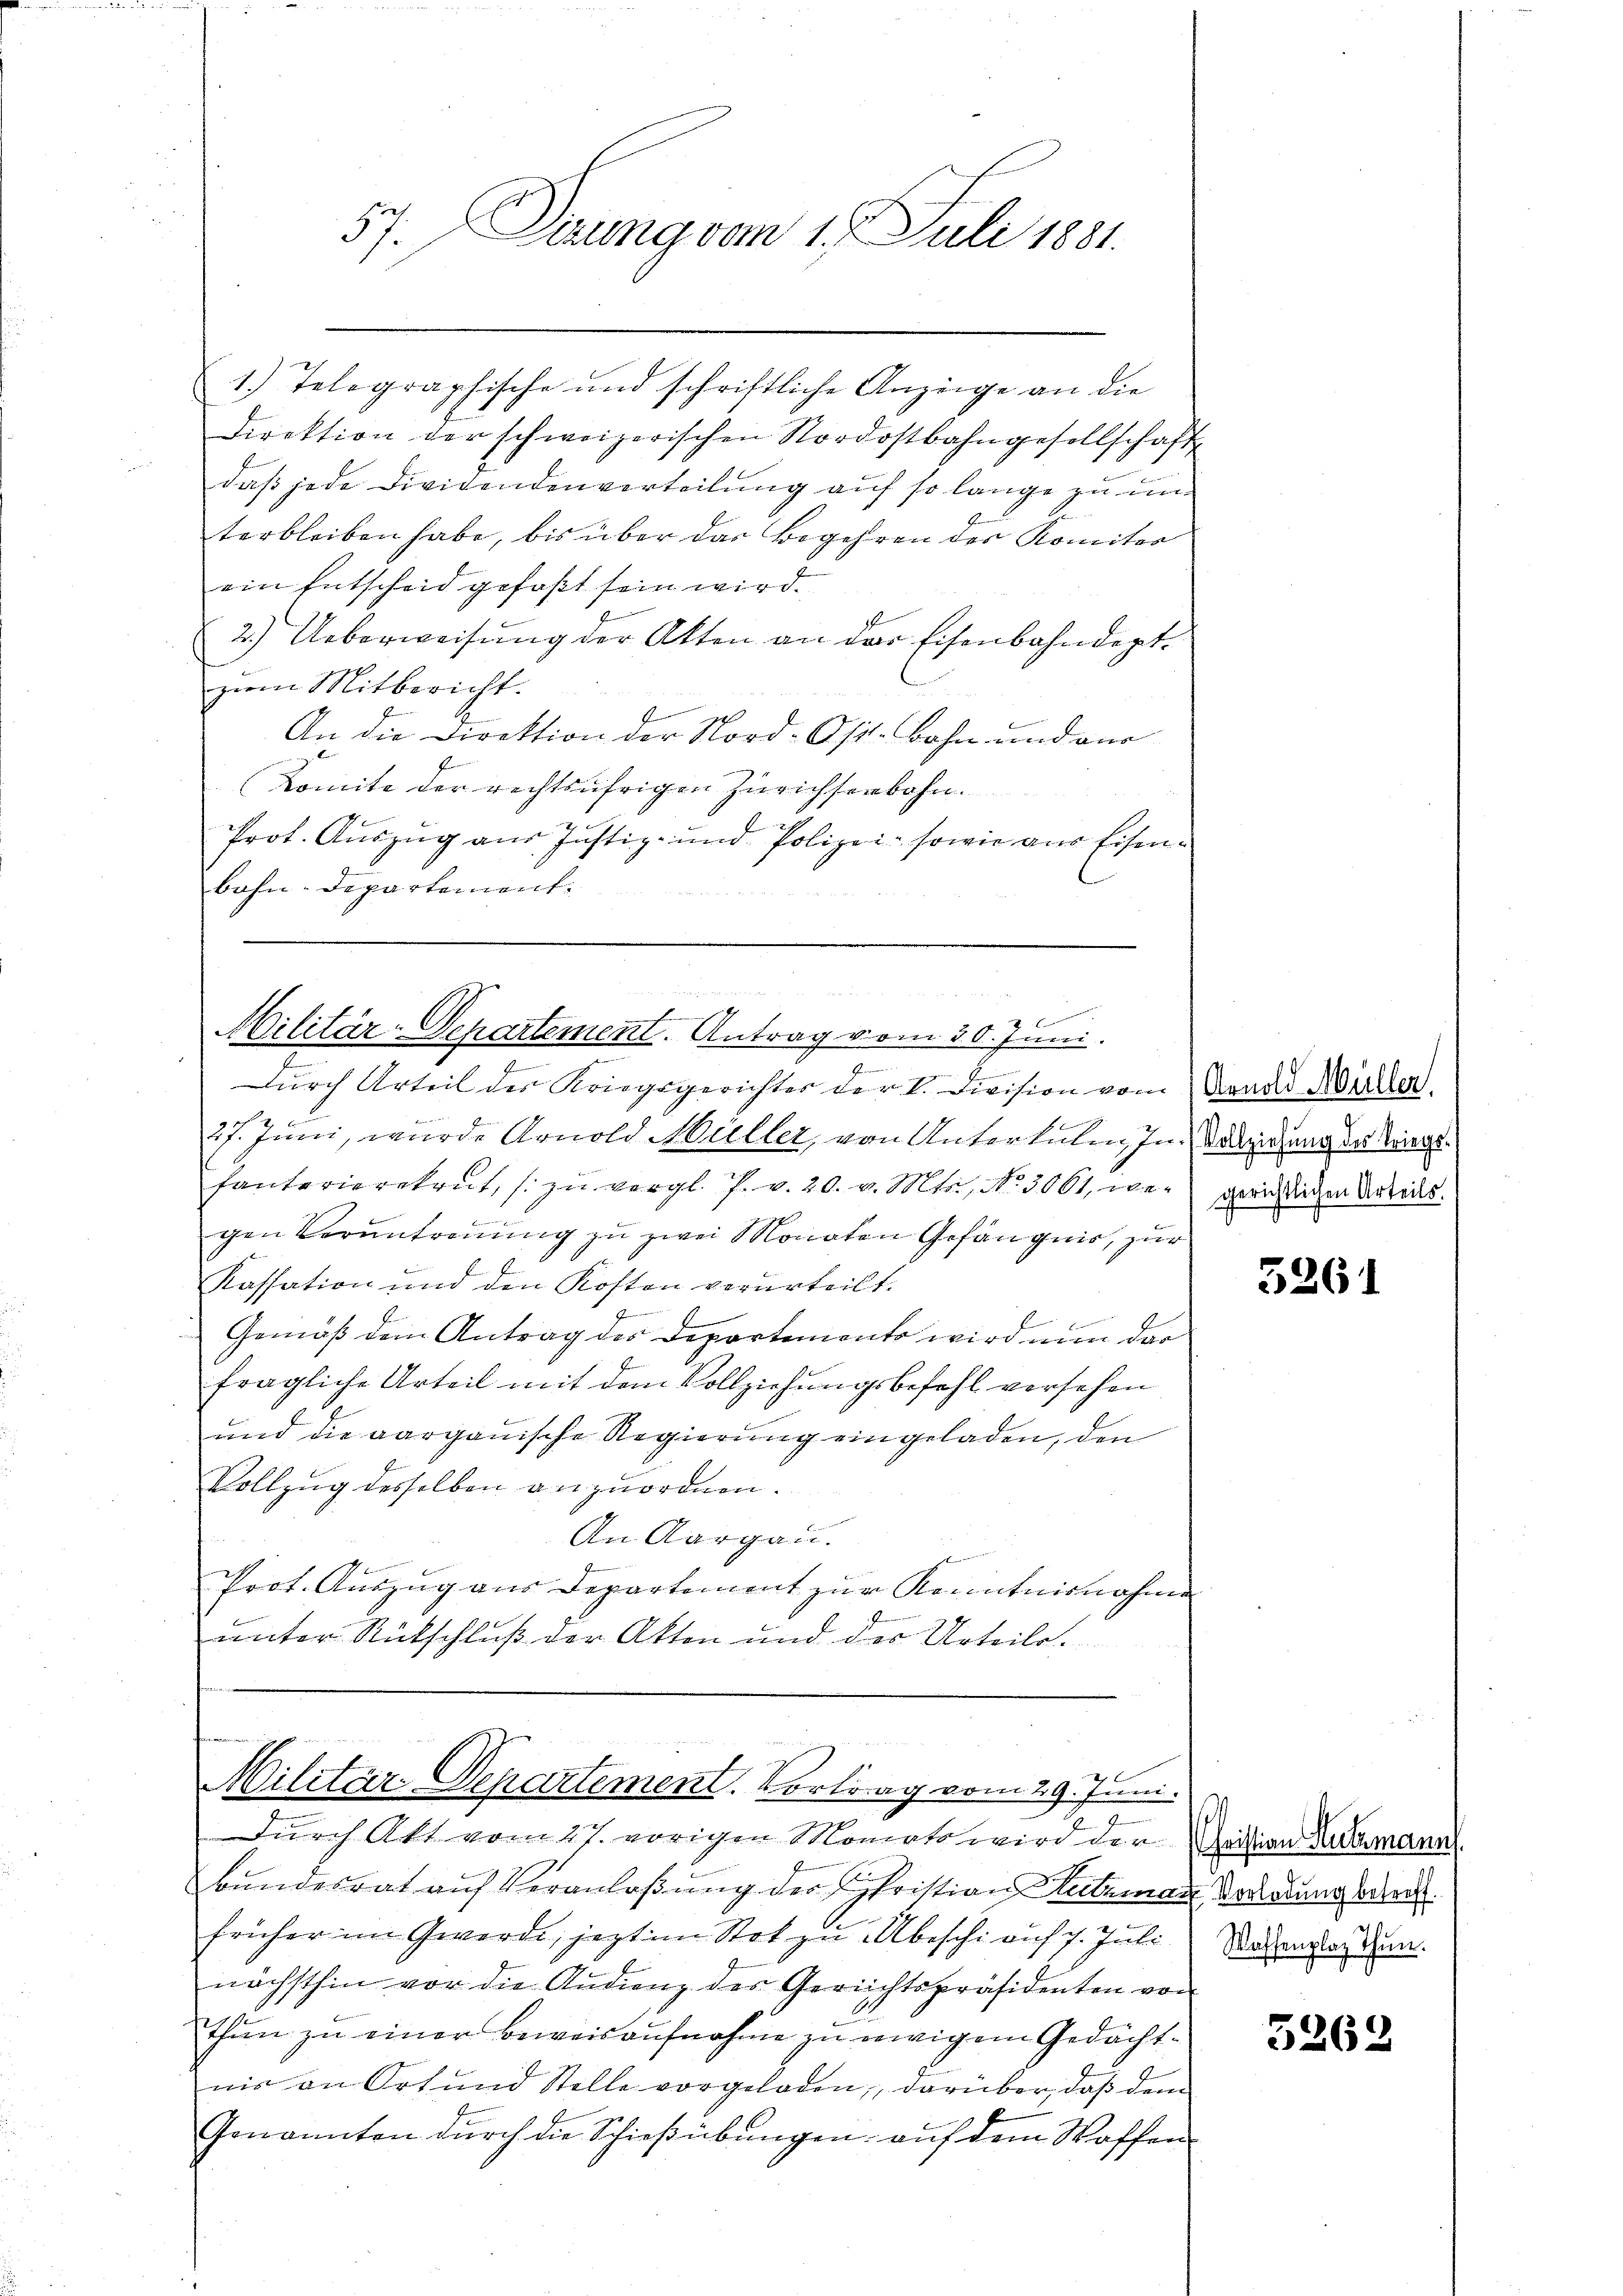
57. Derung vom 17. Juli 1881.

1. Telegraphische und schriftliche Anzeige an die
Direktion der schweizerischen Nordostbahngesellschaft
daß jede Dividendenverteilung auf so lange zu und
terbleiben habe, bis über das Begehren des Komiter
ein Entscheid gefaßt sein wird.
2.) Ueberweisŭng der Akten an der Eisenbahndept.
zum Mitbericht.
An die Direktion der Nord- Ost-Bahn und aus
Komite der rechtsufrigen Zürichsenbahn.
zu
u
Prot. Auszug aus Justiz- und Polizei- sowie aus Eisenbahn-Departement.

g

 x
Militär-Departement. Antrag vom 30. Juni.
e
2
.
x
Durch Urteil der Kriegsgerichter der V. Division vom Monat Müller.

27. Juni, wurde Arnold Müller, von Untertelen In Sabziehung des Kriegsfanterierekrut, s. zu vergl. J. v. 20. v. Mts., N. 3061, wegerichtlichen Urteils.
gen Verantreuung zu zwei Monaten Gefängnis, zur
E s
Kassation und den Kosten verurteilt.
Gemäß dem Antrag der Departemento wird nun der
fragliche Urteil mit dem Vollziehungsbefehl versehen
und die aargauische Regierung eingeladen, den
Vollzug desselben anzuordnen.
An Aargau.
Poct. Auszug aus Departement zur Kenntnisnahme
unter Rückschluß der Akten und des Urteile.

e
Militär-Departement. Vortrag vom 29. Juni.

Durch Akt vom 27. vorigen Monats wird der Christian Lukmann.
Bundesrat auf Veranlaßung der Christian Hutzman Wadodung berei
früher im Gwerde, jezt im Stot zu beschien 7. Juli.
nächsthin vor die Andienz der Gerichtspräsidenten von
thun zu einer Beweisaufnahme zu ewigem Gedächtnir an Ort und Stelle vorgeladen, darüber, daß dem
Genannten durch die Schießübungen, auf dem Waffen

.

5261

Waffenplaz Thun.

5262